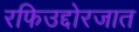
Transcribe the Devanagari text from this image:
रफिउद्दोरजात